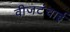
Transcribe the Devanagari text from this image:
वीजटंचाई